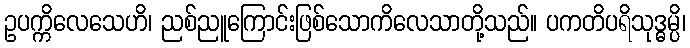
ဥပက္ကိလေသေဟိ၊ ညစ်ညူကြောင်းဖြစ်သောကိလေသာတို့သည်။ ပကတိပရိသုဒ္ဓမ္ပိ၊